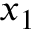
x _ { 1 }